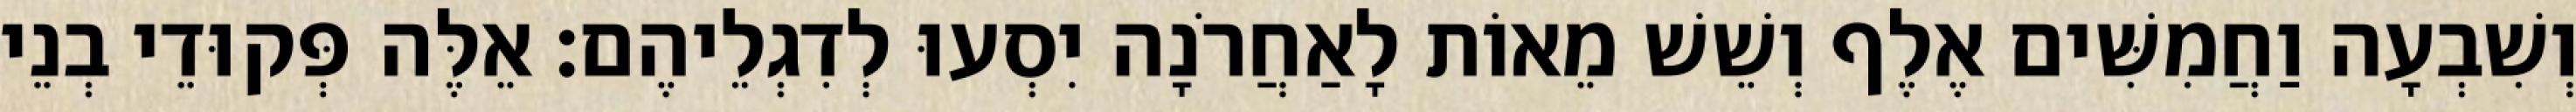
וְשִׁבְעָה וַחֲמִשִּׁים אֶלֶף וְשֵׁשׁ מֵאוֹת לָאַחֲרֹנָה יִסְעוּ לְדִגְלֵיהֶם׃ אֵלֶּה פְּקוּדֵי בְנֵי